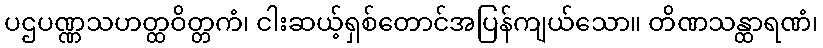
ပဌပဏ္ဏသဟတ္ထဝိတ္တကံ၊ ငါးဆယ့်ရှစ်တောင်အပြန်ကျယ်သော။ တိဏသန္ထာရဏံ၊